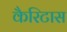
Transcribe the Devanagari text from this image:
कैरिटास